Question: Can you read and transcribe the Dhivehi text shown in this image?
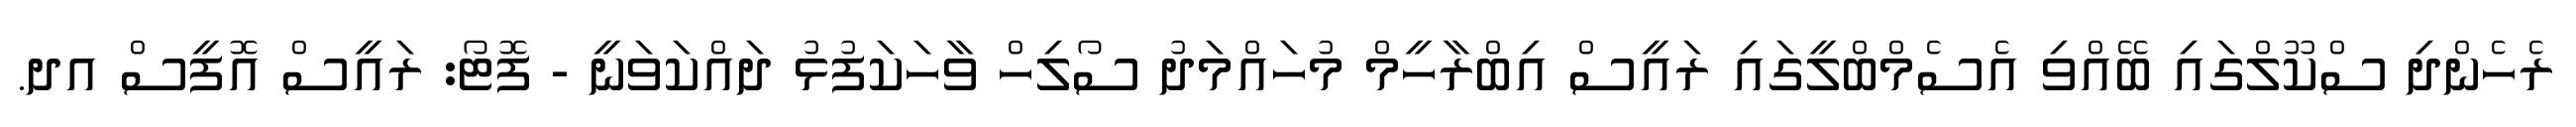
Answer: ރެހެންދި ސްކޫލްގައި ބޭއްވި އެސެމްބްލީގައި ރައީސް އިބްރާހީމް މުހައްމަދު ސޯލިހް ވާހަކަފުޅު ދައްކަވަނީ - ފޮޓޯ: ރައީސް އޮފީސް އދ.